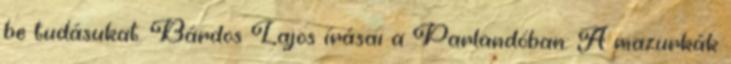
be tudásukat. Bárdos Lajos írásai a Parlandóban: A mazurkák